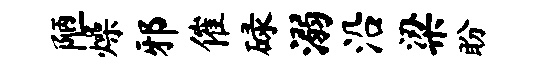
陋燥邪催碌溺沿梁盼